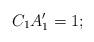
LaTeX: \begin{align*} C_1A_1' = 1; \end{align*}